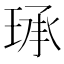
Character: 𮴤